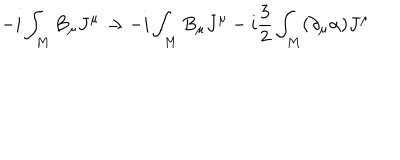
LaTeX: - i \int _ { M } B _ { \mu } J ^ { \mu } \rightarrow - i \int _ { M } B _ { \mu } J ^ { \mu } - i \frac { 3 } { 2 } \int _ { M } ( \partial _ { \mu } \alpha ) J ^ { \mu }